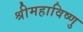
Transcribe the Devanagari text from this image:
श्रीमहाविष्णु